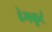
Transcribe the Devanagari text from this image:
हेमकूटं